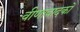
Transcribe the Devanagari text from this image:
वीणावादकों